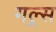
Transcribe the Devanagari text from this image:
गल्र्स